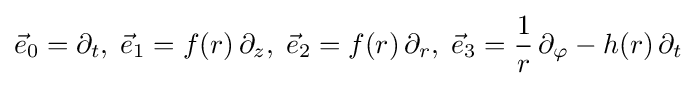
{\vec {e}}_{0}=\partial _{t},\;{\vec {e}}_{1}=f(r)\,\partial _{z},\;{\vec {e}}_{2}=f(r)\,\partial _{r},\;{\vec {e}}_{3}={\frac {1}{r}}\,\partial _{\varphi }-h(r)\,\partial _{t}